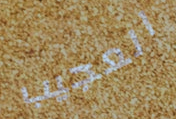
العجيب